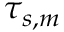
\tau _ { s , m }